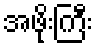
အဖိုးကြီး